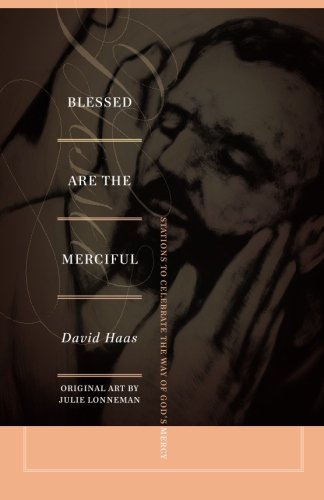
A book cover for Blessed Are the Merciful: Stations to Celebrate the Way of God's Mercy; David Haas; Christian Books & Bibles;